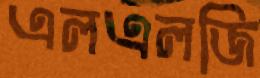
এলএলজি